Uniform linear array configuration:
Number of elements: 12
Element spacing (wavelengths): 0.25
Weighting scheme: exponential
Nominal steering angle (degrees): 15
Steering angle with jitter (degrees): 15.112
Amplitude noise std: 0.05
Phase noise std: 0.05

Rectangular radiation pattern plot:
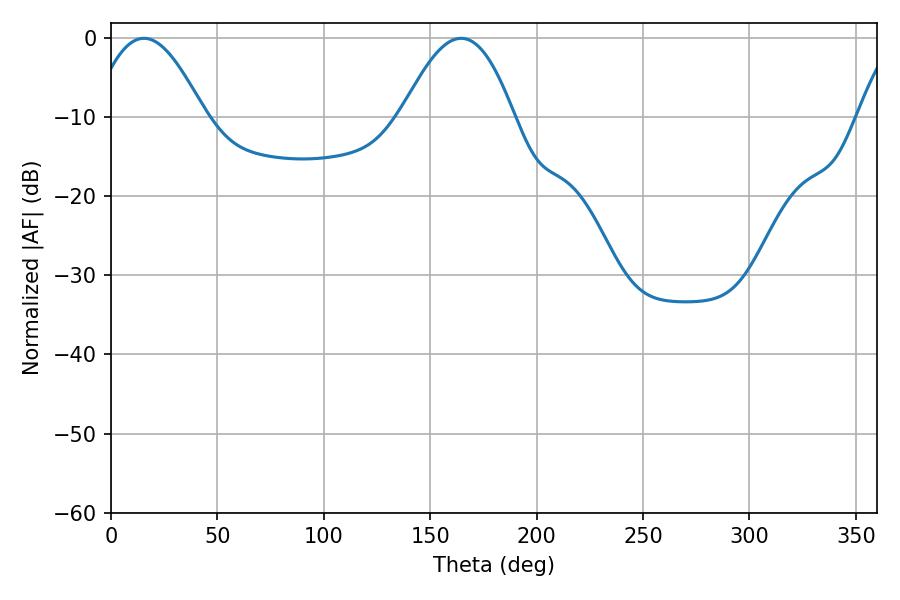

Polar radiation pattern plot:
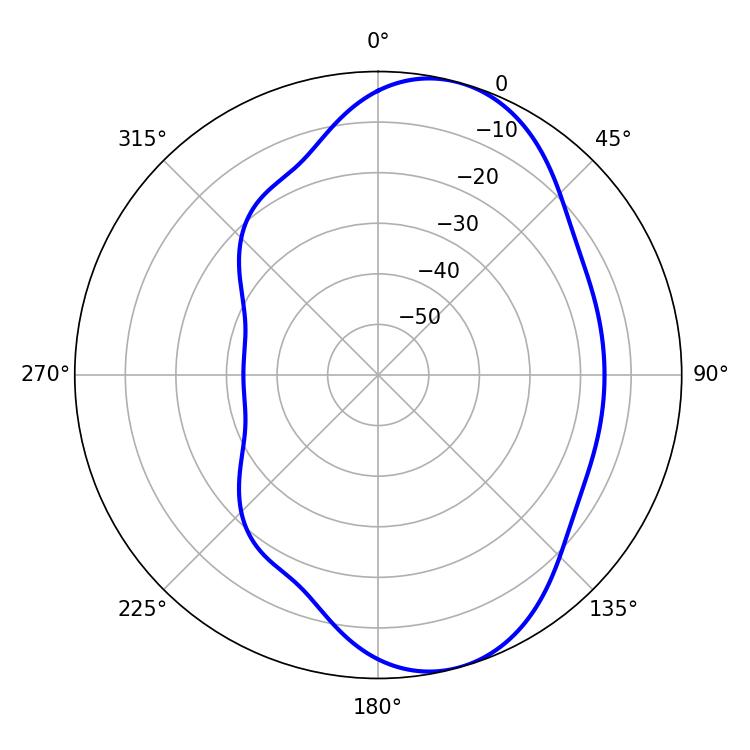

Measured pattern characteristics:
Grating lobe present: FALSE
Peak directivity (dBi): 7.639
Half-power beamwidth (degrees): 28.62
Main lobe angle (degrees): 15.48